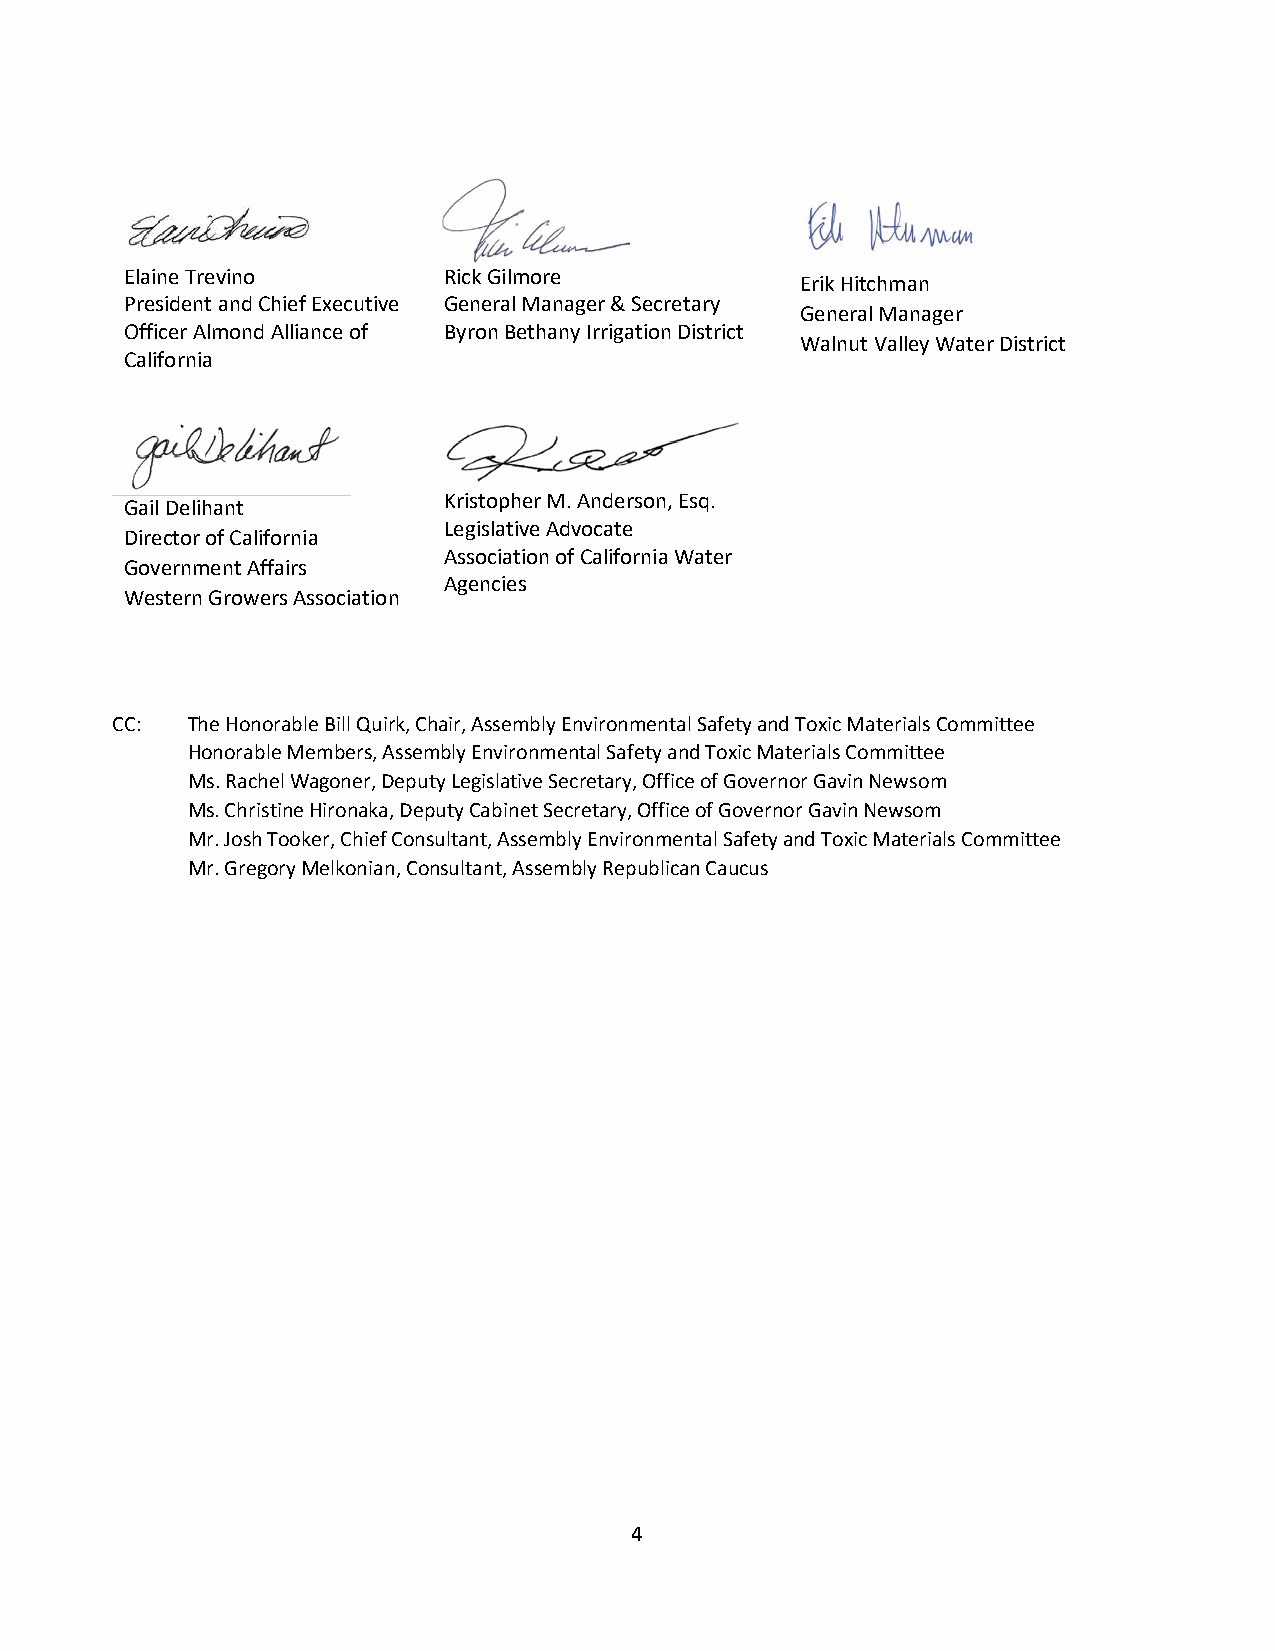
Elaine Trevino       Rick Gilmore
 Erik Hitchman
 President and Chief Executive General Manager & Secretary
 General Manager
 Officer Almond Alliance of Byron Bethany Irrigation District
 Walnut Valley Water District
 California
 Kristopher M. Anderson, Esq.
 Gail Delihant
 Legislative Advocate
 Director of California
 Association of California Water
 Government Affairs
 Agencies
 Western Growers Association
 CC:  The Honorable Bill Quirk, Chair, Assembly Environmental Safety and Toxic Materials Committee
 Honorable Members, Assembly Environmental Safety and Toxic Materials Committee
 Ms. Rachel Wagoner, Deputy Legislative Secretary, Office of Governor Gavin Newsom
 Ms. Christine Hironaka, Deputy Cabinet Secretary, Office of Governor Gavin Newsom
 Mr. Josh Tooker, Chief Consultant, Assembly Environmental Safety and Toxic Materials Committee
 Mr. Gregory Melkonian, Consultant, Assembly Republican Caucus
 4